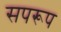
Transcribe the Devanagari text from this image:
सपरूप